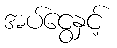
အပ်ငွေနှင့်